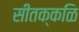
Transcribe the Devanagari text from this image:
सीतक्कळि